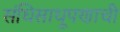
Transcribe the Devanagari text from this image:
संधिसाधूपणाची